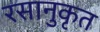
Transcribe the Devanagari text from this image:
रसानुकृत